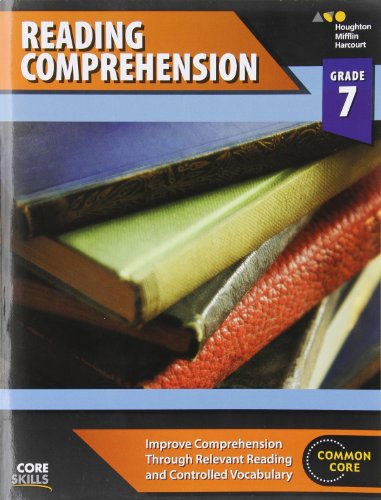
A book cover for Steck-Vaughn Core Skills Reading Comprehension: Workbook Grade 7; STECK-VAUGHN; Sports & Outdoors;